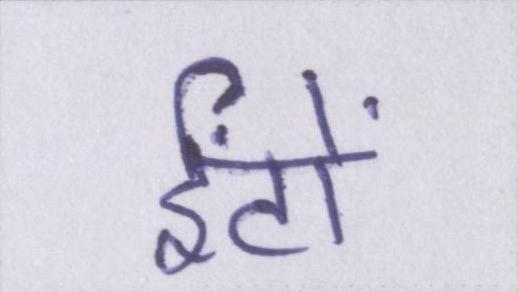
ईंटों